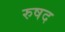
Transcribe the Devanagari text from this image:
रुषद